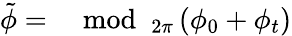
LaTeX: \tilde{\phi}=\mod_{2\pi}\left(\phi_{0}+\phi_{t}\right)